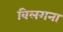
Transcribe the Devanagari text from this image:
विलगना